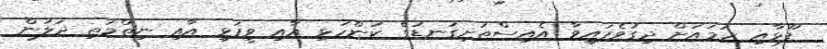
ފޫޅާއި ހަމައަށް ދިގުވެފައިވާ އެއިސްތަށިގަނޑުގެ ކަންހުޅި އާއި ވީފަޅި އާއި ނިތްމަތި ދަލުން